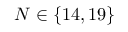
N \in \{ 1 4 , 1 9 \}